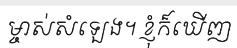
ម្ចាស់សំឡេង។ ខ្ញុំក៏ឃើញ